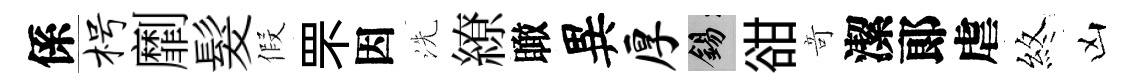
係枵劘髮假罘因洗繚瞰異厚錫𧮳竒潔郞虐煞凶